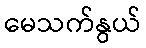
မေသက်နွယ်